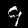
Label: 9